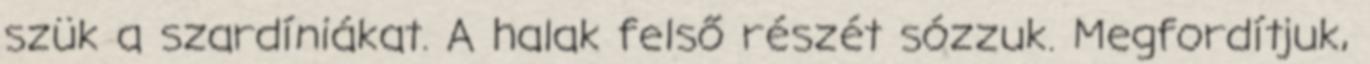
szük a szardíniákat. A halak felső részét sózzuk. Megfordítjuk,